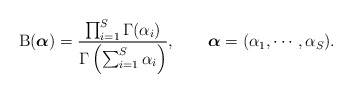
\begin{align*}\mathrm{B}(\boldsymbol\alpha) = \frac{\prod_{i=1}^S \Gamma(\alpha_i)}{\Gamma\left(\sum_{i=1}^S \alpha_i\right)},\qquad\boldsymbol{\alpha}=(\alpha_1,\cdots,\alpha_S).\end{align*}